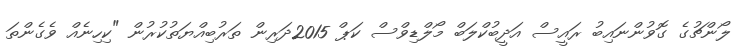
ލޯންޗުގެ ގޮވުންނައިބު ރައީސް އަދީބުކްލަބް މޯލްޑިވްސް ކަޕް 2015ދަރިން ތަރުބިއްޔަތުކުރުން "ކިހިނެއް ވެގެންތަ